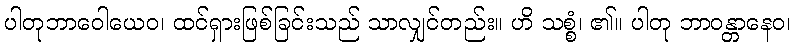
ပါတုဘာဝေါယေဝ၊ ထင်ရှားဖြစ်ခြင်းသည် သာလျှင်တည်း။ ဟိ သစ္စံ၊ ၏။ ပါတု ဘာဝန္တာနေဝ၊